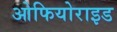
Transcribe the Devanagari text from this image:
ओफियोराइड